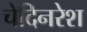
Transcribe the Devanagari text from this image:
चेदिनरेश